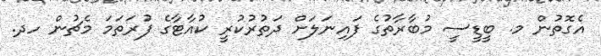
އެގޮތުން މ. ބީޑީސީ މުބާރާތުގެ ފައިނަލަށް ދަތުރުކުރީ ކުއާޓާގެ ފުރަތަމަ މެޗުން ހދ.